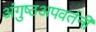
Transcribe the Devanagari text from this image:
अंगुष्ठअपवर्तनी